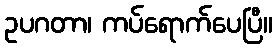
ဥပဂတာ၊ ကပ်ရောက်ပေပြီ။